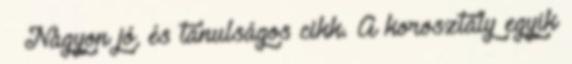
🙂 Nagyon jó, és tanulságos cikk. A korosztály egyik